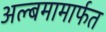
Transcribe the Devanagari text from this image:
अल्बमामार्फत